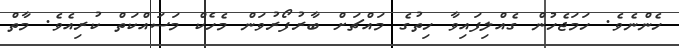
ހެންނެވެ. ހަމަޖެހުން ގެއްލިފައިވާ ހިތުގެ މައްޗަށް ބާރުފޯރުވަން މެހެކް މަސައްކަތް ކުރިއެވެ. މާތް